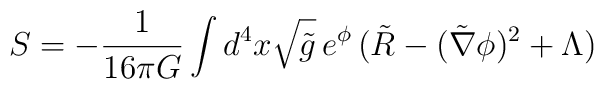
S = - \frac{1}{16 \pi G}\int d^4 x \sqrt{\tilde{g}} \, e^{\phi} \,( \tilde{R} - (\tilde{\nabla} \phi)^2 + \Lambda )